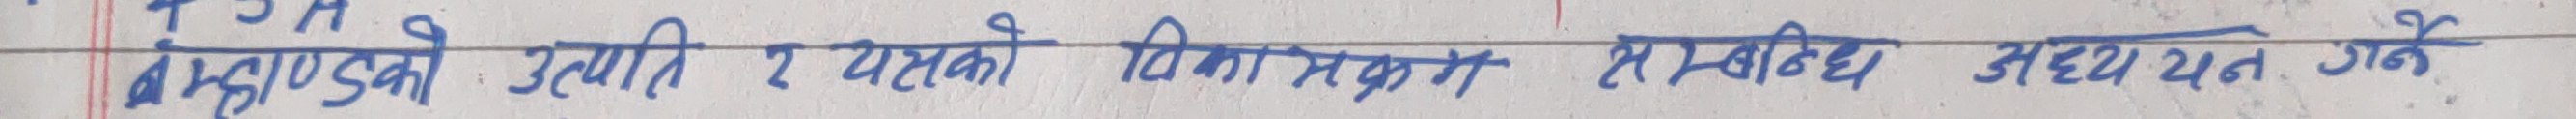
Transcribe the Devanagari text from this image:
ब्रह्माण्डको उत्पत्ति र यसको विकासक्रम सम्बन्ध अध्ययन गर्ने